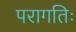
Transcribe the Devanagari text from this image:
परागतिः